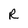
Character: R